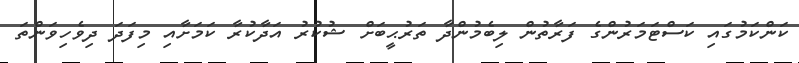
ކަންކަމުގައި ކަސްޓަމަރުންގެ ފަރާތުން ލިބެމުންދާ ތަރުޙީބަށް ޝުކުރު އަދާކުރާ ކަމަށާއި މިފަދަ ދިވެހިވަންތަ